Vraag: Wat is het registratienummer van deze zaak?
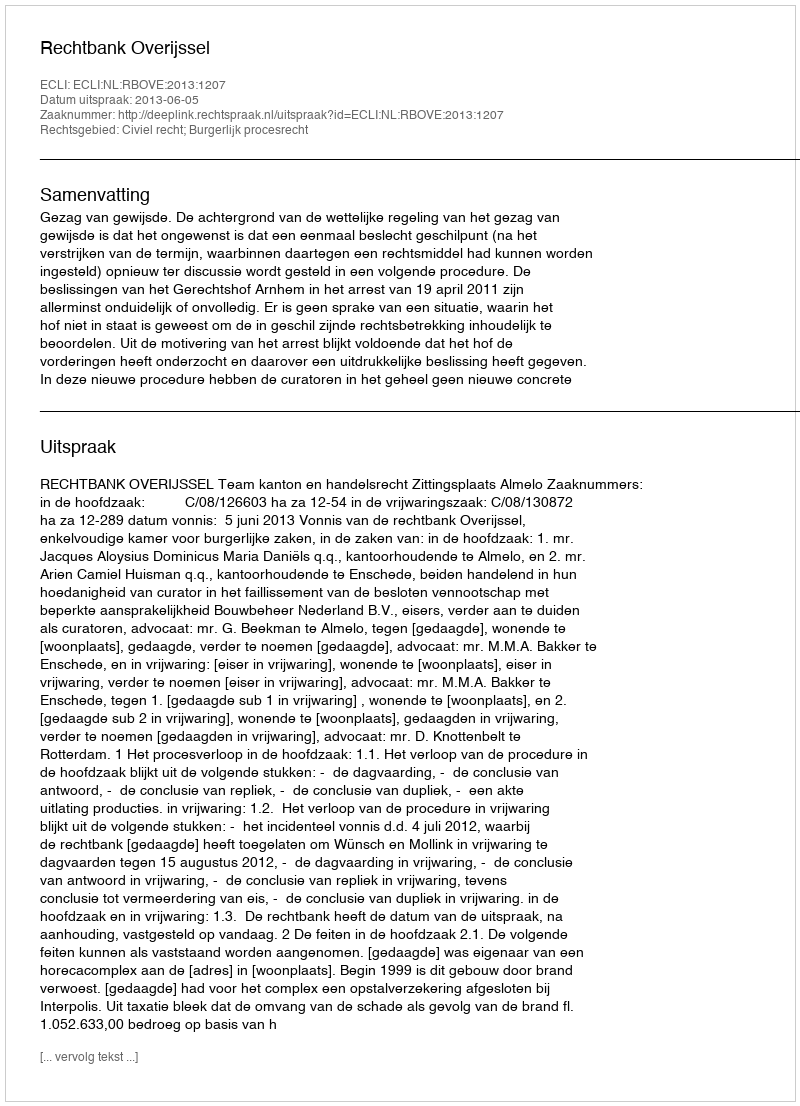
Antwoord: http://deeplink.rechtspraak.nl/uitspraak?id=ECLI:NL:RBOVE:2013:1207